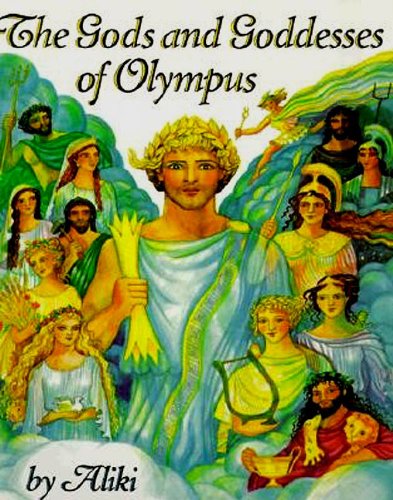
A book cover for The Gods and Goddesses of Olympus (Trophy Picture Books); Aliki; Children's Books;